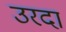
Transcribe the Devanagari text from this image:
उरदा